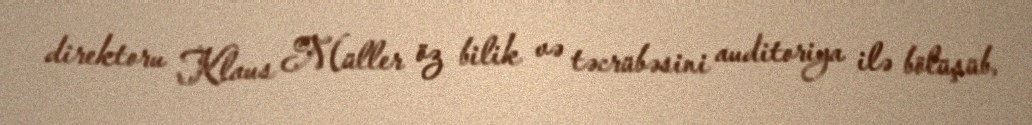
direktoru Klaus Müller öz bilik və təcrübəsini auditoriya ilə bölüşüb,